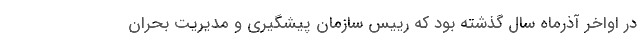
در اواخر آذرماه سال گذشته بود که رییس سازمان پیشگیری و مدیریت بحران